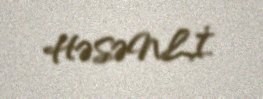
HƏSƏNLİ.